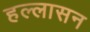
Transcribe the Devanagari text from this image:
हल्लासन